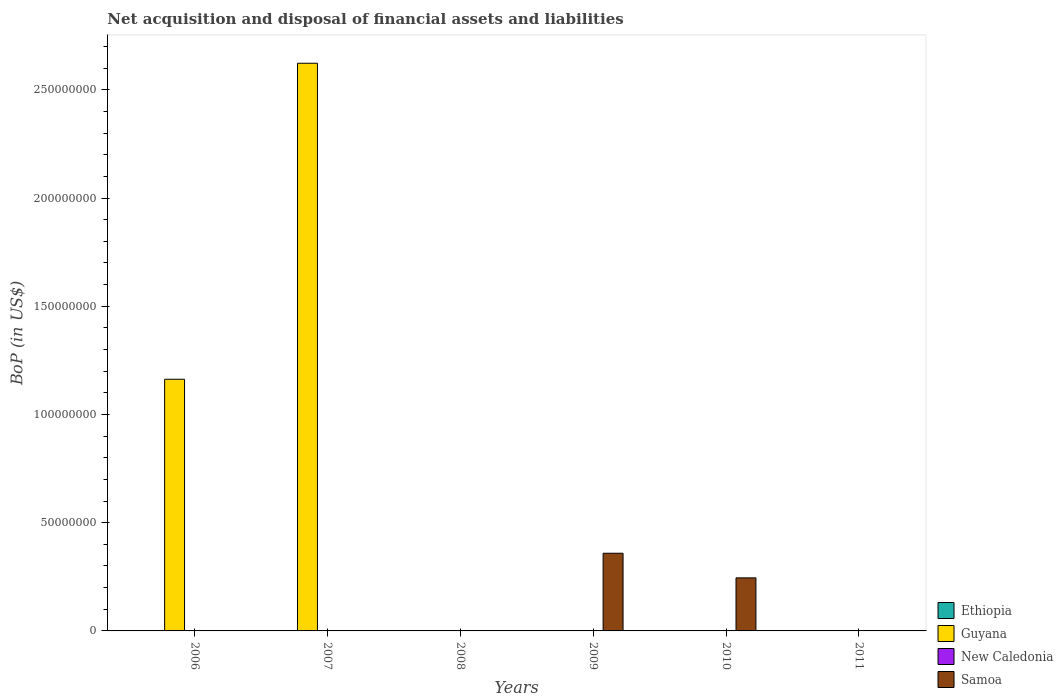
| Years | Ethiopia | Guyana | New Caledonia | Samoa |
 | --- | --- | --- | --- | --- |
 | 2006 | -7.88e+08 | 1.16e+08 | -4.8e+08 | -2.88e+07 |
 | 2007 | -9.86e+08 | 2.62e+08 | -2.19e+07 | -1.45e+07 |
 | 2008 | -3.56e+08 | -3.4e+08 | -1.29e+09 | -3.98e+07 |
 | 2009 | -2.69e+09 | -3.24e+08 | -7.28e+08 | 3.59e+07 |
 | 2010 | -3.5e+09 | -4.41e+08 | -1.28e+09 | 2.45e+07 |
 | 2011 | -2.59e+09 | -3.45e+08 | -1.29e+09 | -2.03e+07 |